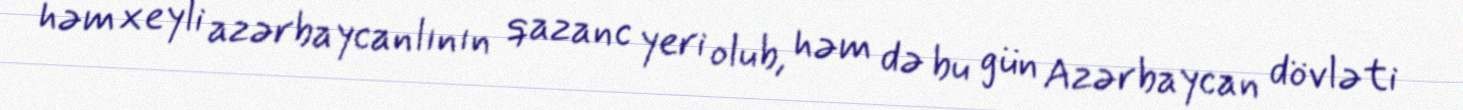
həm xeyli azərbaycanlının qazanc yeri olub, həm də bu gün Azərbaycan dövləti